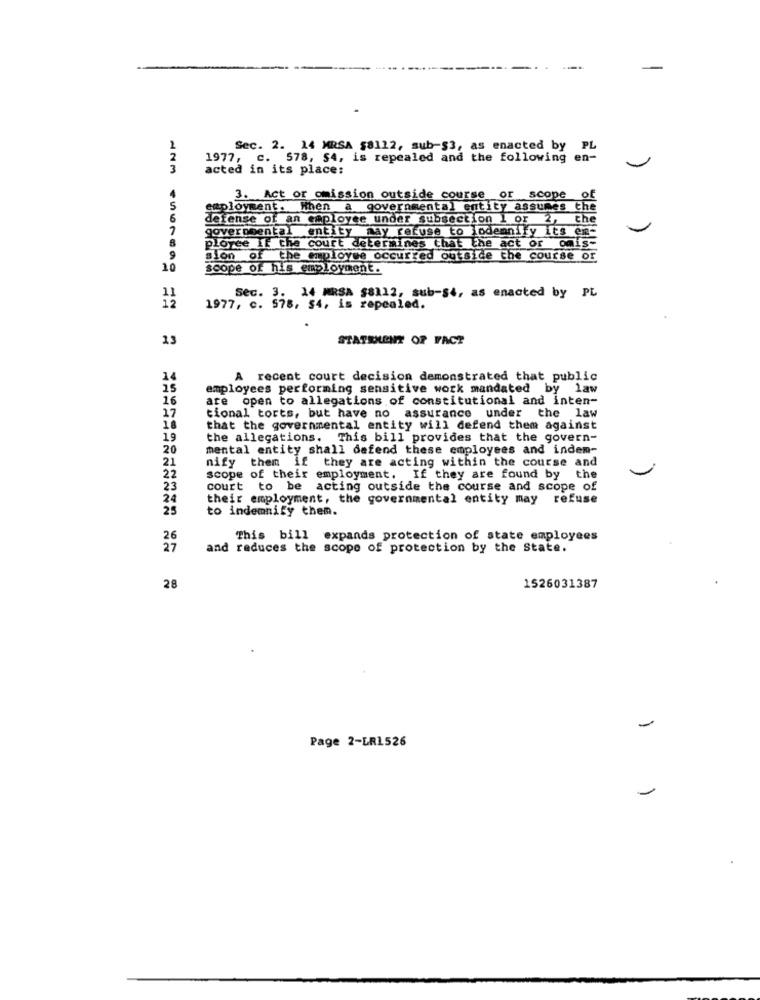
---
Sec. 2. 14 MRSA 58112, sub-$3, as enacted by PL
1977, c. 578, 54, is repealed and the following en-
3
acted in its place:
4
3. Act or omission outside course of scope of
5
employment. When a governmental entity assumes the
6
defense of an employee under subsection 1 or 2, the
governmental entity may refuse to lodemnily its en-
ployee if the court determines that the act or omis-
sion of the employee occurred outside the course or
10
scope of his employment.
1]
Sec. 3. 14 MRSA $8112, sub-s4, as enacted by PL
1977, c. 578, 54, is repealed.
13
STATEMENT OF FACT
14
A recent court decision demonstrated that public
15
employees performing sensitive work mandated by law
16
are open to allegations of constitutional and inten-
17
tional torts, but have no assurance under the law
18
that the governmental entity will defend them against
19
the allegations. This bill provides that the govern-
20
mental entity shall defend these employees and indem-
21
nify them if they are acting within the course and
22
scope of their employment. If they are found by the
23
court to be acting outside the course and scope of
24
their employment, the governmental entity may refuse
25
to indemnify them.
This bill expands protection of state employees
and reduces the scope of protection by the State.
28
1526031387
Page 2-LR1526